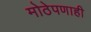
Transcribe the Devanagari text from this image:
मोठेपणाही